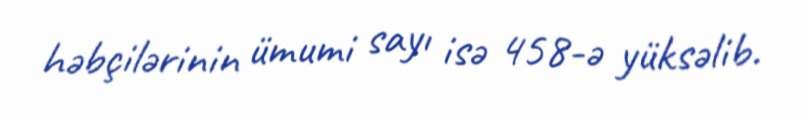
həbçilərinin ümumi sayı isə 458-ə yüksəlib.